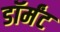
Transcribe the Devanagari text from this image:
डॉर्मंट